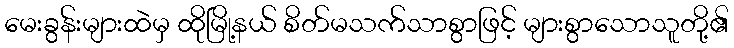
မေးခွန်းများထဲမှ ထိုမြို့နယ် စိတ်မသက်သာစွာဖြင့် များစွာသောသူတို့၏